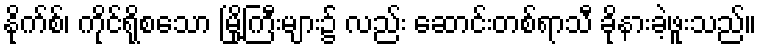
နိုက်စ်၊ ကိုင်ရိုစသော မြို့ကြီးများ၌ လည်း ဆောင်းတစ်ရာသီ ခိုနားခဲ့ဖူးသည်။